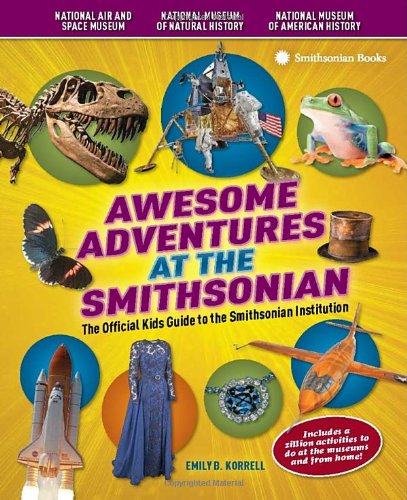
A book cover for Awesome Adventures at the Smithsonian: The Official Kids Guide to the Smithsonian Institution; Emily B. Korrell; Travel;